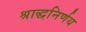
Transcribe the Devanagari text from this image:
श्राद्धनिर्णय